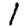
Digit: 1